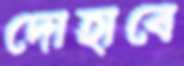
দোহাবে